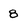
Character: 8